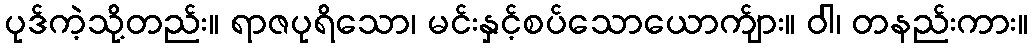
ပုဒ်ကဲ့သို့တည်း။ ရာဇပုရိသော၊ မင်းနှင့်စပ်သောယောက်ျား။ ဝါ၊ တနည်းကား။